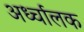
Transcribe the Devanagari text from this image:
अर्ध्चालक